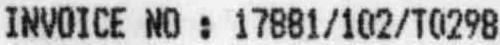
INVOICE NO : 17881/102/T0298